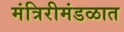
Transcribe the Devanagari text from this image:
मंत्रिरीमंडळात